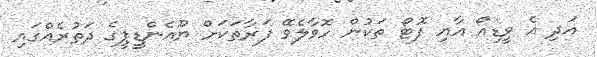
އަދި އެ ވީޑިއޯ އާއި ފޮޓޯ ތަކުން ހޮވާލެވޭ ފަރާތަކަށް ޔޫއެންޑީޕީގެ ދަތުރެއްގައި